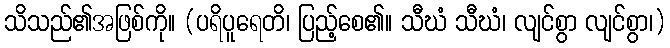
သိသည်၏အဖြစ်ကို။ (ပရိပူရေတိ၊ ပြည့်စေ၏။ သီဃံ သီဃံ၊ လျင်စွာ လျင်စွာ၊)